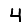
Digit: 4